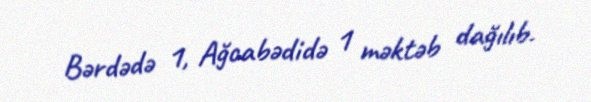
Bərdədə 1, Ağcabədidə 1 məktəb dağılıb.